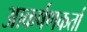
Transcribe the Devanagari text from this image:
आकर्षणकर्ता